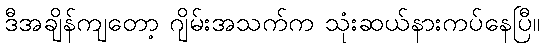
ဒီအချိန်ကျတော့ ဂျိမ်းအသက်က သုံးဆယ်နားကပ်နေပြီ။